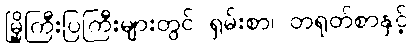
မြို့ကြီးပြကြီးများတွင် ရှမ်းစာ၊ တရုတ်စာနှင့်